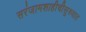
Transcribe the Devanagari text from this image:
सरंजामशाहीचीसुरुवात